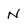
Character: N